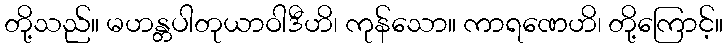
တို့သည်။ မဟန္တပါတုယာဝါဒီဟိ၊ ကုန်သော။ ကာရဏေဟိ၊ တို့ကြောင့်။